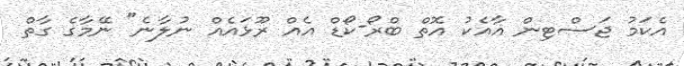
އެކަމު ޖަސްޓިން އާއެކު އޮތް ބްރޯ-ކޯޑް އެއް ރޫޅައެއް ނުލާނެ" ނޭމާގެ ގާތް